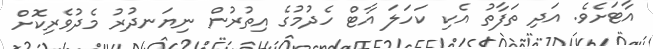
އާޓަށެވެ. އަދި ތަފާތު އެކި ކަހަލަ އާޓް ހެދުމުގެ އިތުރުން ނިޔަނދުރު މެދުވެރިކޮށް